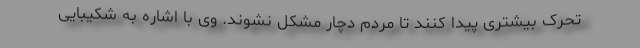
تحرک بیشتری پیدا کنند تا مردم دچار مشکل نشوند. وی با اشاره به شکیبایی